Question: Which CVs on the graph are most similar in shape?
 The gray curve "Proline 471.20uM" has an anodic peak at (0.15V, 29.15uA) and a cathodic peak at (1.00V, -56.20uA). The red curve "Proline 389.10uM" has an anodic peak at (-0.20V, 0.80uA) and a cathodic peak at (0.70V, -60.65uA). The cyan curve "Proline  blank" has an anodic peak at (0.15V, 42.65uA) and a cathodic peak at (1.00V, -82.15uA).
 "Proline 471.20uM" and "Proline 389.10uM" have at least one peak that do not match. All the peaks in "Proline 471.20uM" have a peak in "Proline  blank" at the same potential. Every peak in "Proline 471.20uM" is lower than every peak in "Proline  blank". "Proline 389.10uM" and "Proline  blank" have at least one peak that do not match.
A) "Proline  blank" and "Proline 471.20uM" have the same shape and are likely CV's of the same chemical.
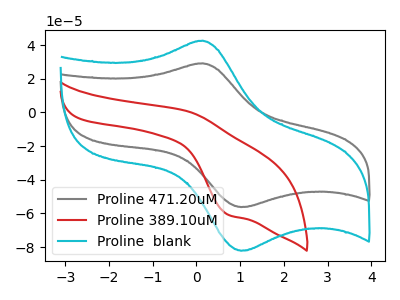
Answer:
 <answer>A) "Proline  blank" and "Proline 471.20uM" have the same shape and are likely CV's of the same chemical.</answer>
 <eval>A</eval>